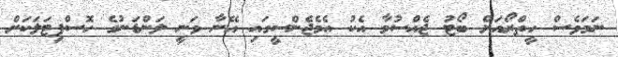
ނަމަވެސް ހީތްރޯއަށް ބޯޓު ޖެއްސުމާ އެކު އެމެޖެންސީގައި އޭނާ ވަނީ ލަންޑަނުގެ ހޮސްޕިޓަލަކަށް